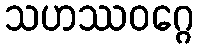
သဟဿဝဂ္ဂေ